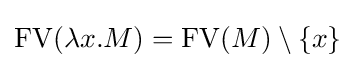
\operatorname {FV} (\lambda x.M)=\operatorname {FV} (M)\setminus \{x\}